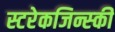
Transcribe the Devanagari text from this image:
स्टरेकजिन्स्की